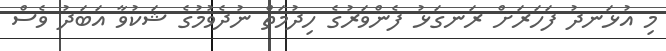
މި އުޅަނދު ފަހަރަށް ރަނގަޅު ފެންވަރުގެ ހިދުމަތް ނުދެވުމުގެ ޝަކުވާ އަބަދު ވެސް